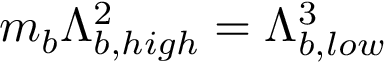
m _ { b } \Lambda _ { b , h i g h } ^ { 2 } = \Lambda _ { b , l o w } ^ { 3 }